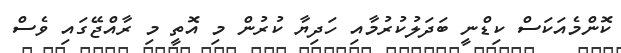
ކޮންމެއަކަސް ކިޑްނީ ބަދަލުކުރުމާއި ހަދިޔާ ކުރުން މި އޮތީ މި ރާއްޖޭގައި ވެސް